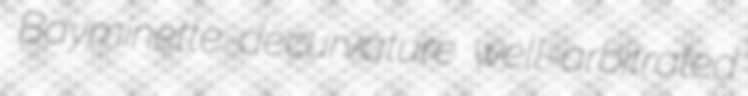
Bayminette decurvature well-arbitrated